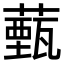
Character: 薽